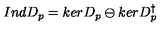
I n d D _ { p } = k e r D _ { p } \ominus k e r D _ { p } ^ { \dagger }